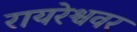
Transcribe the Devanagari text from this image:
रायरेश्ववर